65_HS1-834228961_62-HQ-83894_Section_5
Agency: FBI
Page 203
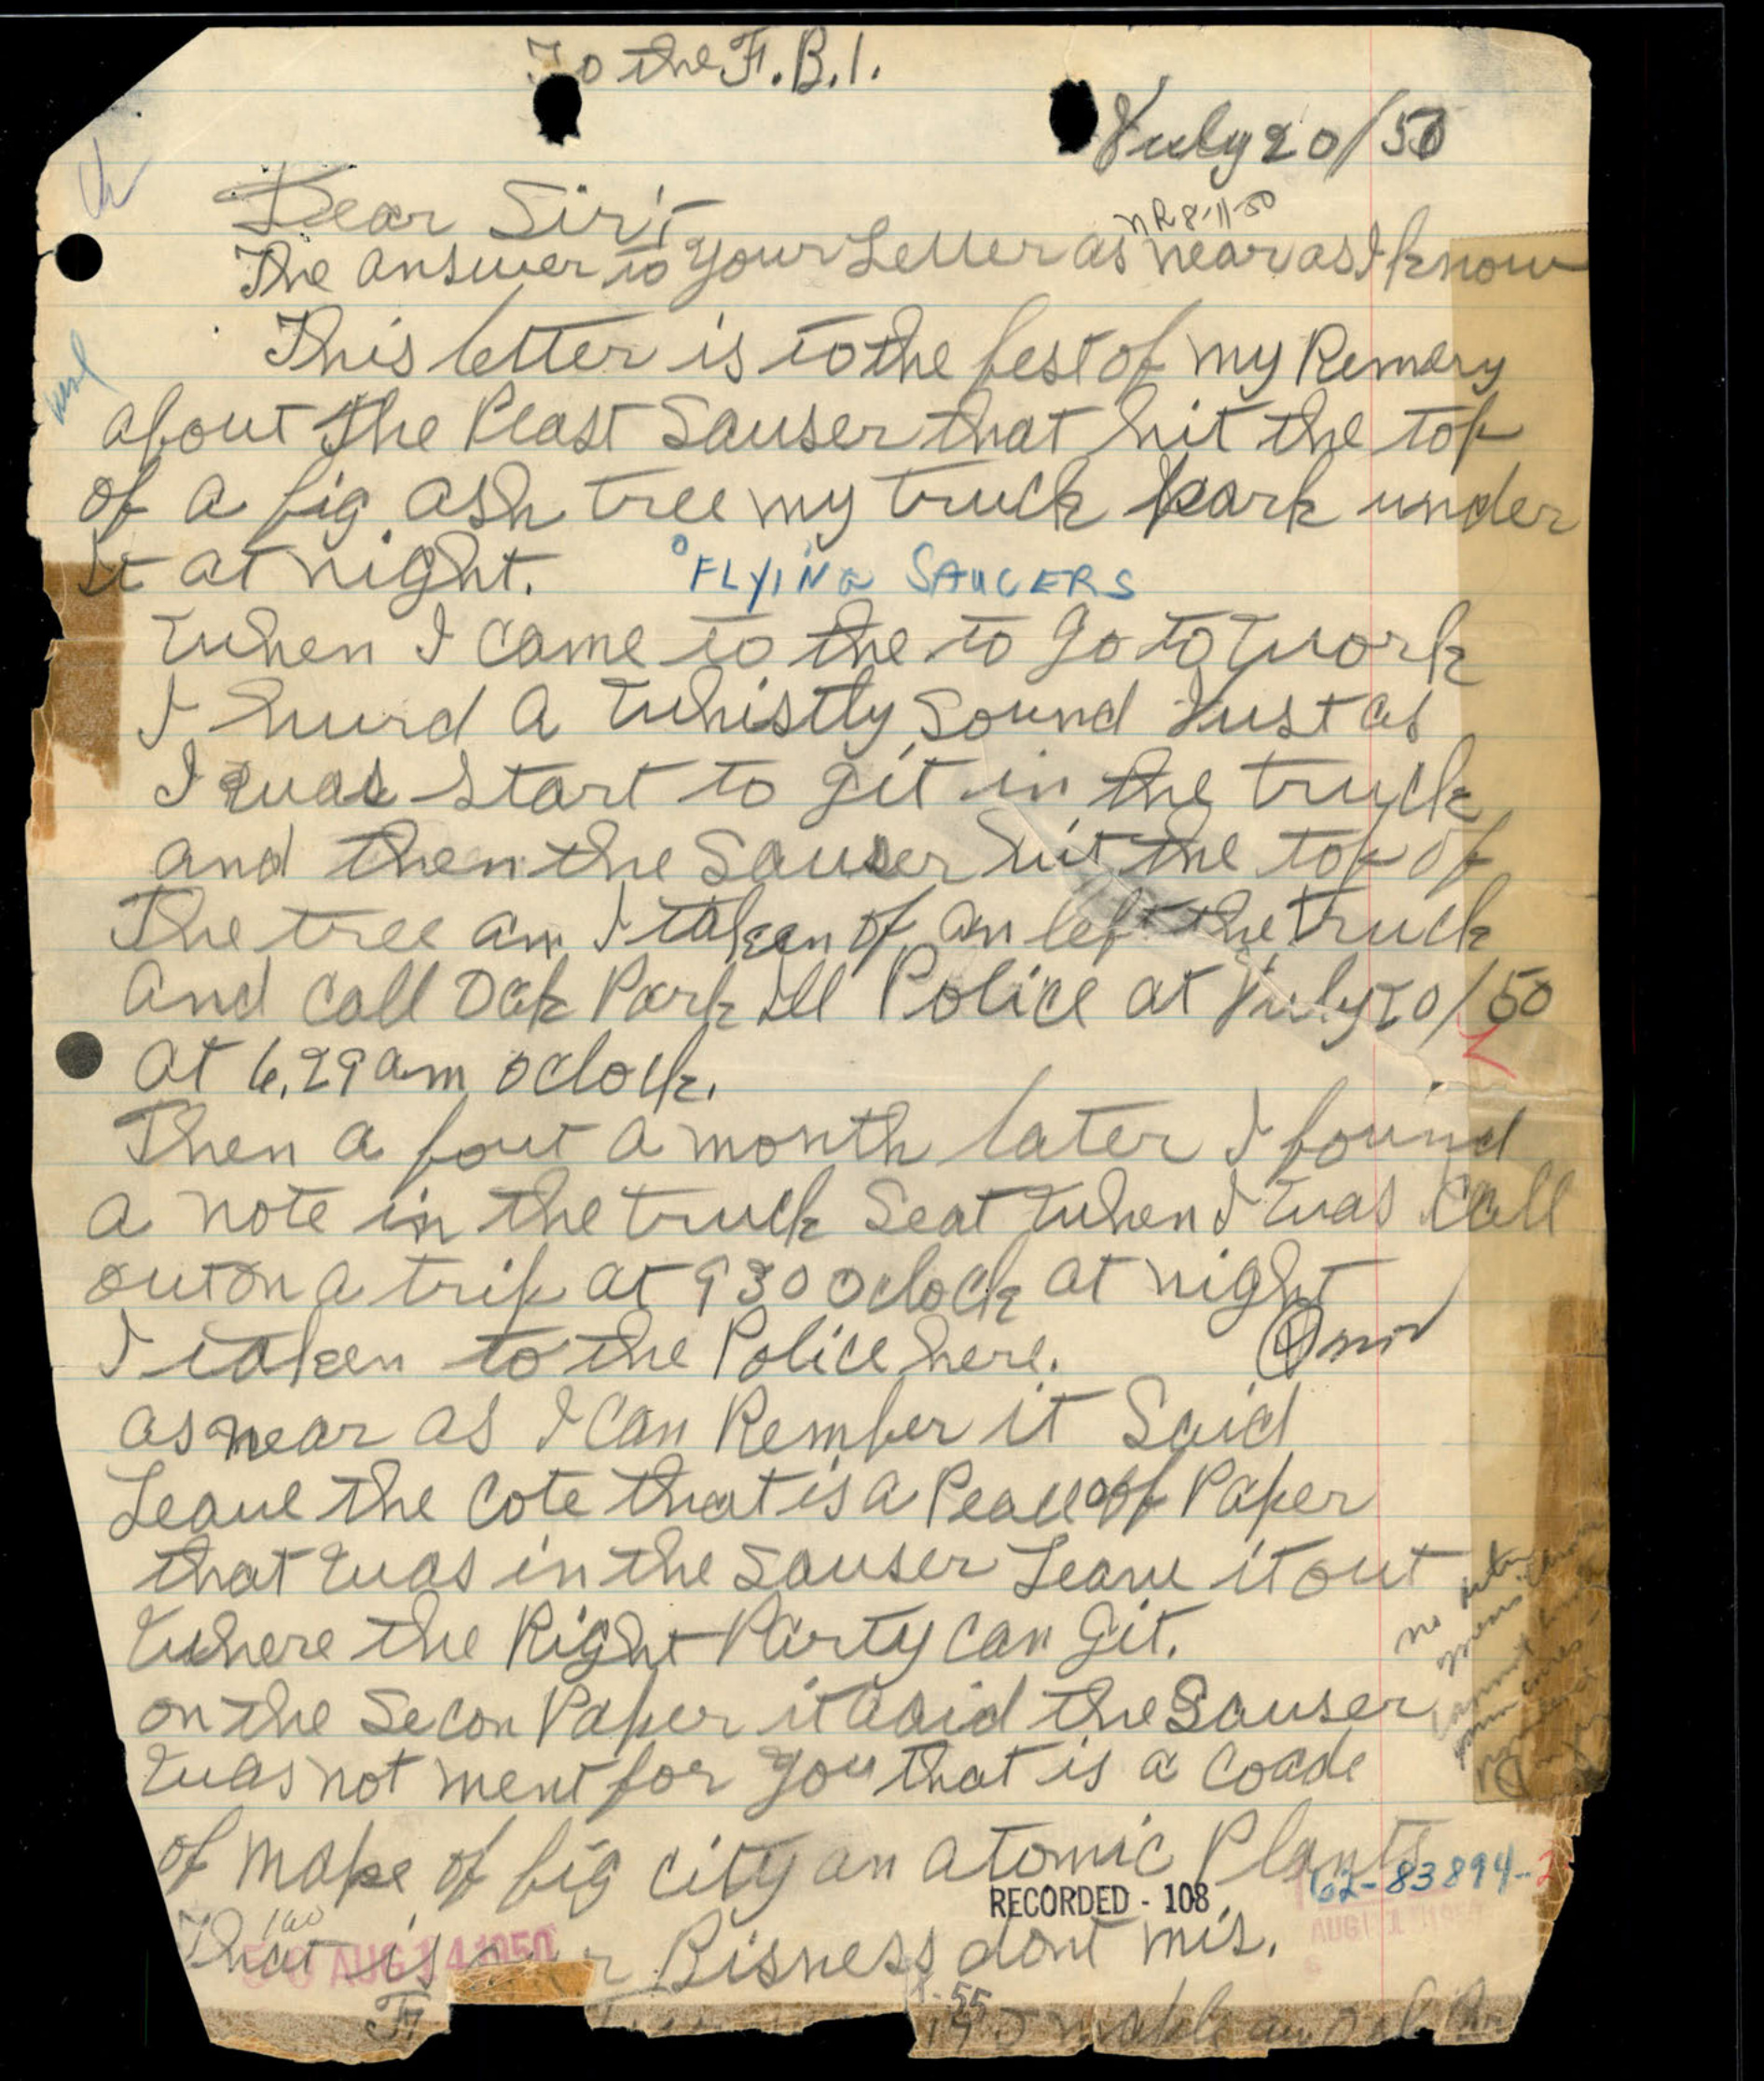